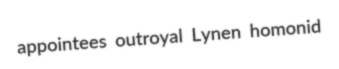
appointees outroyal Lynen homonid